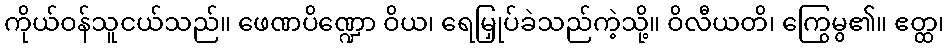
ကိုယ်ဝန်သူငယ်သည်။ ဖေဏပိဏ္ဍော ဝိယ၊ ရေမြှုပ်ခဲသည်ကဲ့သို့။ ဝိလီယတိ၊ ကြွေမွ၏။ ဧတ္ထ၊